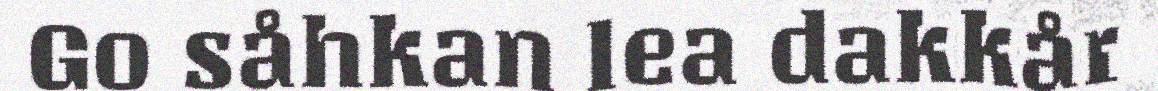
Go såhkan lea dakkår